V__Kingissepa_nim__kolhoos, lk 20
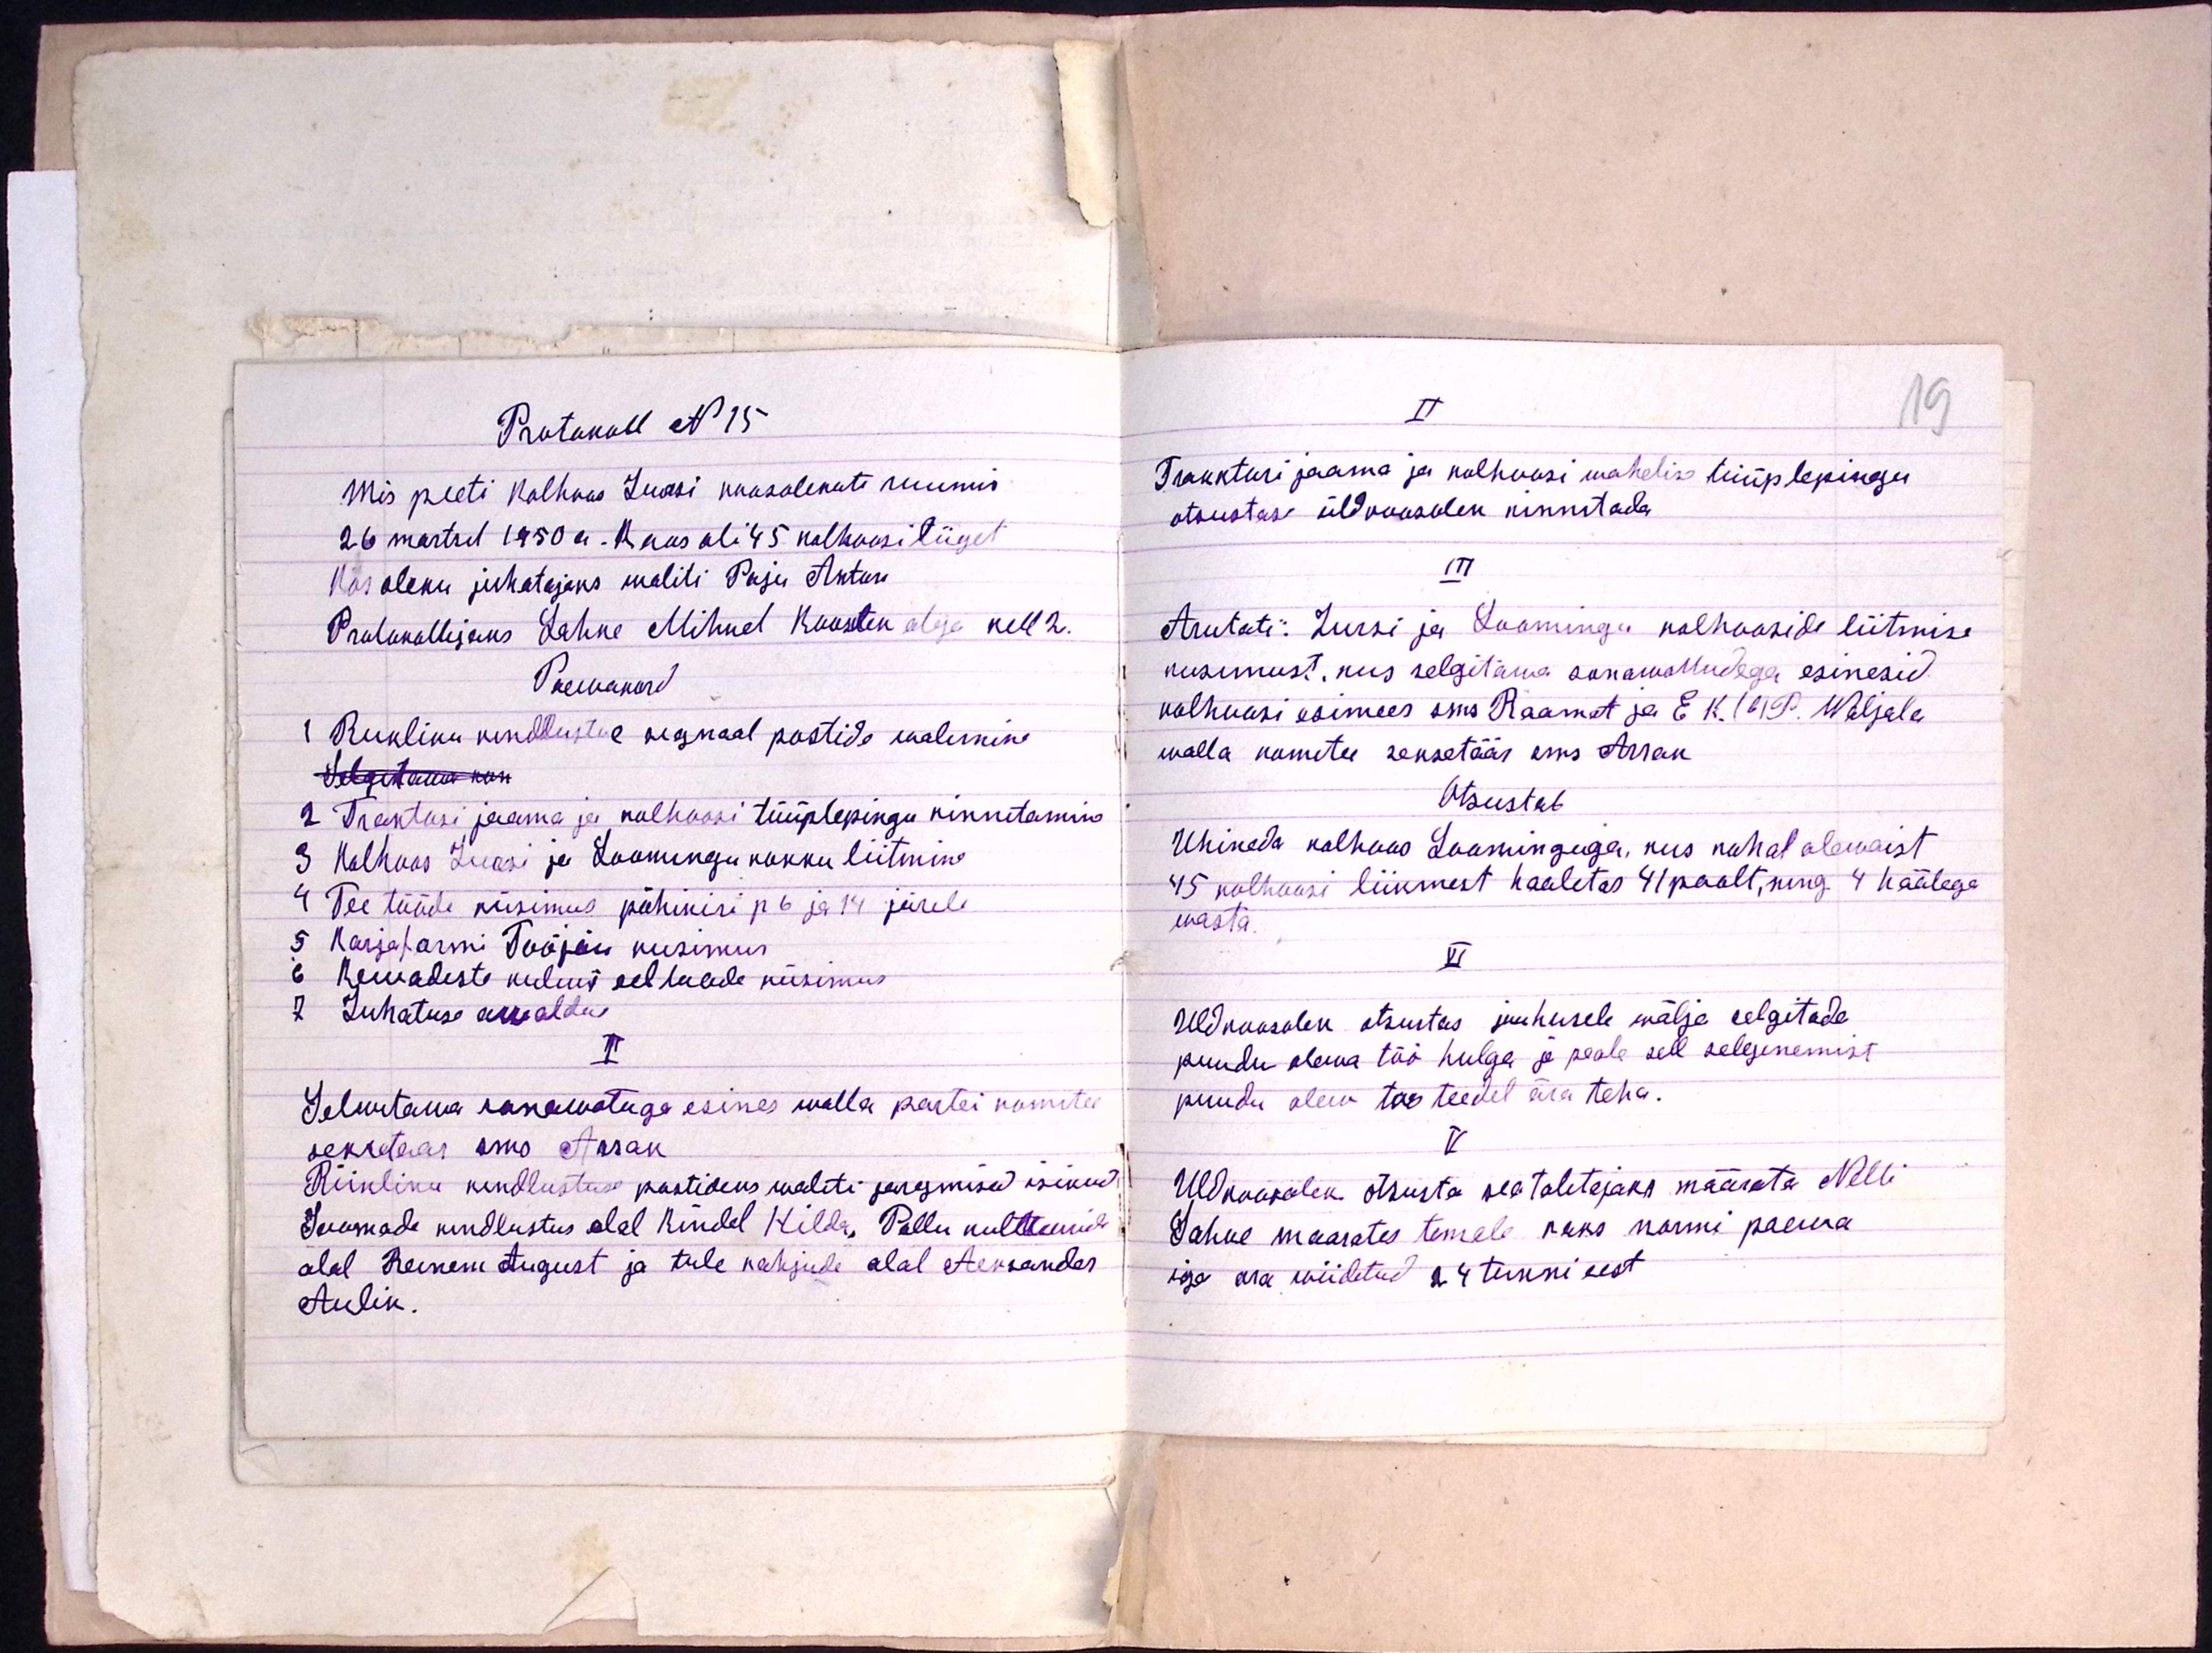
19

Protokoll N 15
Mis peeti kolhoos Jursi koosolekute ruumis
26. märtsil 1950 a. Koos oli 45 kolhoosi liiget
Kosoleku juhatajaks waliti Paju Anton
Protokollijaks Lahke Mihkel Koosolek algas kell 2.
Paewakord
1 Riiliku kindlustuse regnaal postide walimine
Selgitama kusi
2 Traktori jaama ja kolhoosi tüüplepingu kinnitamine
3 Kolhoos Jursi ja Loomingu kokku liitmine
4 Tee tööde küsimus põhikiri p. 6 ja 14 järele
5 Karjafarmi Tööjõu kusimus
6 Kewadeste kulwi eel toode küsimus
7 Juhatuse awaldus
I
Selwetawa sonawotuga esines walla partei komitee
sekretaar sms Assak
Riikliku kindlustuse postideks waliti järgmised isikud,
Loomade kindlustus alal Kindel Hilda, Pollu kultuuride
alal Reinem August ja tule kahjude alal Aleksander
Aulik.

II
Traktori jaama ja kolhoosi wahelise tüüplepingu
otsustas üldkoosolek kinnitada
III
Arutati: Jursi ja Loomingu kolhooside liitmise
küsimust, kus selgitawa sonawottudega esinesid
kolhoosi esimees sms Raamat ja EK.(b)P. Waljala
walla komitee sekretäär sms Arrak
Otsustab
Uhineda kolhoos Loominguga, kus kohal olewaist
45 kolhoosi liikmest haaletas 41 poolt, ning 4 häälega
wasta.
VI
Uldkoosolek otsustas juuhusele wälja selgitade
puudu olewa töö hulga ja peale sell selegitamist
puudu olew too teedel ära teha.
V
Uldkoosolek otsusta seatalitajaks määrata Nelli
Lahke maarates temale kaks normi paewa
iga ära wiidetud 24 tunni eest.